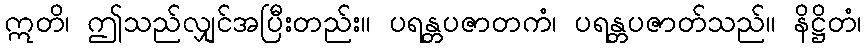
ဣတိ၊ ဤသည်လျှင်အပြီးတည်း။ ပရန္တပဇာတကံ၊ ပရန္တပဇာတ်သည်။ နိဋ္ဌိတံ၊